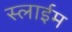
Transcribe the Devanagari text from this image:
स्लाईम